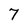
Character: 7